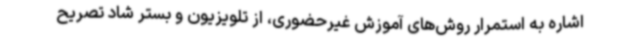
اشاره به استمرار روش‌های آموزش غیرحضوری، از تلویزیون و بستر شاد تصریح